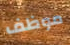
موظف